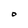
Character: O